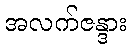
အလက်ဇန္ဒား